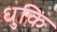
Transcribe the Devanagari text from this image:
धुकि